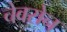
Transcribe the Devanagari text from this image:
चेवरोन